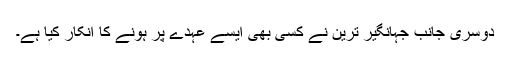
دوسری جانب جہانگیر ترین نے کسی بھی ایسے عہدے پر ہونے کا انکار کیا ہے۔